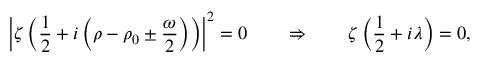
\left| \zeta \left( \frac { 1 } { 2 } + i \left( \rho - \rho _ { 0 } \pm \frac { \omega } { 2 } \right) \right) \right| ^ { 2 } = 0 \qquad \Rightarrow \qquad \zeta \left( \frac { 1 } { 2 } + i \lambda \right) = 0 ,